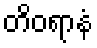
တိဝရာနံ